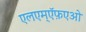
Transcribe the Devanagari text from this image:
एलएम्ऍफ़एओ